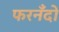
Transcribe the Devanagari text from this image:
फरनँदो